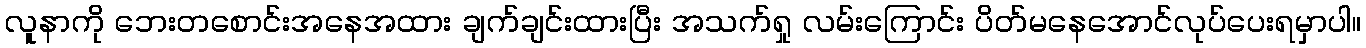
လူနာကို ဘေးတစောင်းအနေအထား ချက်ချင်းထားပြီး အသက်ရှု လမ်းကြောင်း ပိတ်မနေအောင်လုပ်ပေးရမှာပါ။